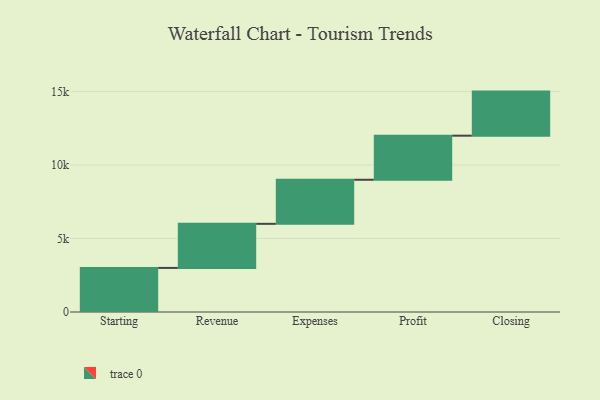
{"axis": {"x": "Step", "y": "Value"}, "legend": [""], "data": [{"x": "Starting", "y": 3000, "type": ""}, {"x": "Revenue", "y": 3000, "type": ""}, {"x": "Expenses", "y": 3000, "type": ""}, {"x": "Profit", "y": 3000, "type": ""}, {"x": "Closing", "y": 3000, "type": ""}]}